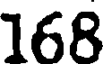
168